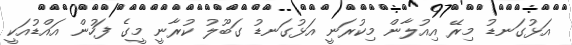
އަޅުގަނޑު މިރޭ އިއުލާން މިކުރަނީ އަޅުގަނޑު ގަބޫލު ކުރާނީ މީގެ ފަހުން އައްޑުއަކީ